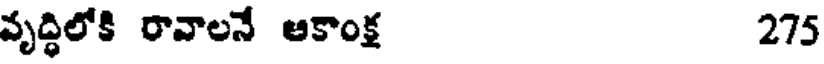
వృద్ధిలోకి రావాలనే ఆకాంక్ష 275